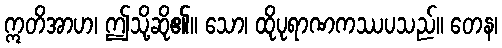
ဣတိအာဟ၊ ဤသို့ဆို၏။ သော၊ ထိုပုရာဏကဿပသည်။ တေန၊